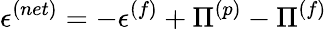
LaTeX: \epsilon^{(net)}=-\epsilon^{(f)}+\Pi^{(p)}-\Pi^{(f)}